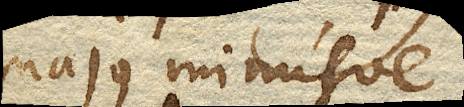
majus minusve